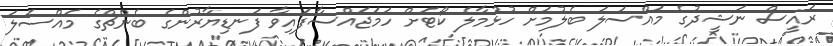
ރައީސް ނަޝީދުގެ މައްސަލަ ބެލުމަށް ހުޅުމާލެ ކޯޓަށް ހަމަޖައްސާފައިވާ ފަނޑިޔާރުންގެ ބެންޗްގެ މައްސަލަ